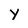
Character: y